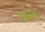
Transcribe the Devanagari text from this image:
धारेस